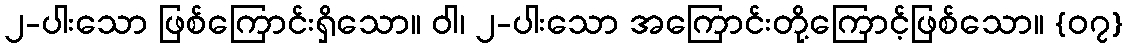
၂-ပါးသော ဖြစ်ကြောင်းရှိသော။ ဝါ၊ ၂-ပါးသော အကြောင်းတို့ကြောင့်ဖြစ်သော။ {၀၇}